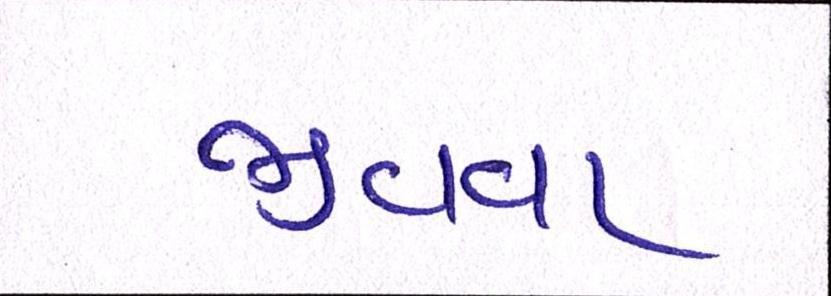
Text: જીવવા